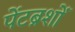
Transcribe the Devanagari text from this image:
पेंटब्रशों